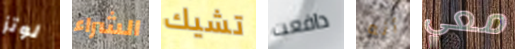
لوتز الشراء تشيك دافعت أنه معي